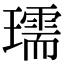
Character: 瓀